Calcutta medical institutions reports 1892-1900
Year: 1892
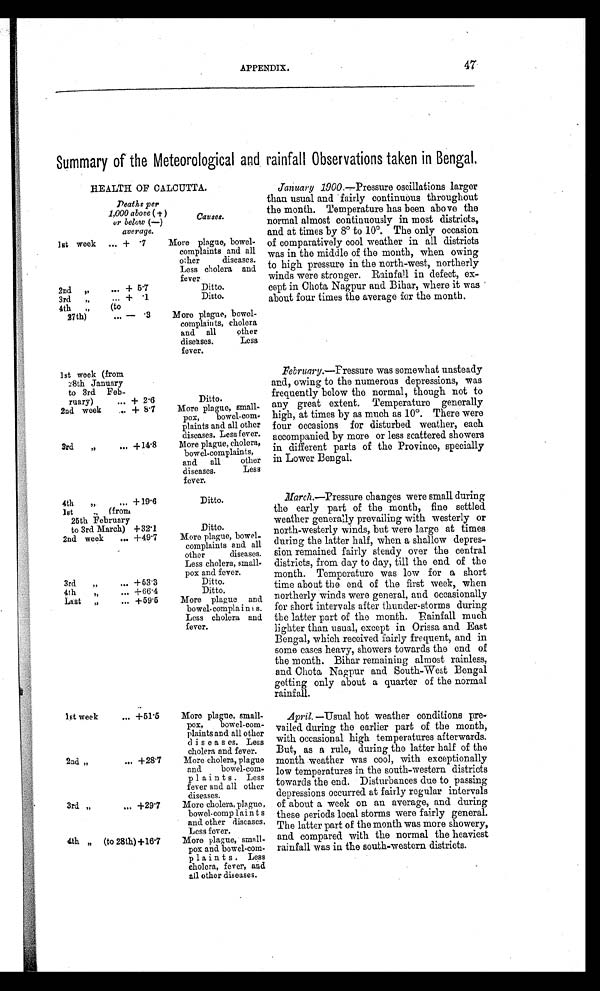
APPENDIX.
47
Summary of the Meteorological and rainfall Observations taken in Bengal.
HEALTH OF CALCUTTA.
Deaths per
1,000 above (+)
or below (—)
average.
Causes.
1st week ... + . 7
More plague, bowel-
complaints and all
other diseases.
Less cholera and
fever
2nd " ...
+ 5.7
Ditto.
3rd " ... + . 1
Ditto.
4th " (to
27th) ... — .3
More plague, bowel-
complaints, cholera
and all
other
diseases.
Less
fever.
1st week (from
2 8 t h J a n u a r y
to 3rd Feb-
ruary) ... + 2.6
Ditto.
2nd week ... + 8.7
More plague, small-
pox,
bowel-com-
plaints and all other
diseases. Less fever.
3rd " ... +14.8
More plague, cholera,
bowel-complaints,
and all
other
diseases.
Less
fever.
4th " ... +19.6
Ditto.
1st " (from
25th February
to 3rd March) +32.1
Ditto.
2nd week ... +49.7
More plague, bowel-
complaints and all
other
diseases.
Less cholera, small-
pox and fever.
3rd " ... +53.3
Ditto.
4th " ... +66.4
Ditto.
Last " ... +59.5
More plague and
bowel-complaints.
Less cholera and
fever.
1st week " ... +51.5
More plague, small-
pox,
bowel-com-
plaints and all other
diseases. Less
cholera and fever.
2nd " ... +28.7
More cholera, plague
and
bowel-com-
plaints. Less
fever and all other
diseases.
3rd " ... +29.7
More cholera, plague,
bowel-complaints
and other diseases,
Less fever.
4th " (to 28th) +16.7
More plague, small-
pox and bowel-com-
plaints. Less
cholera, fever, and
all other diseases.
January 1900.—Pressure oscillations larger
than usual and fairly continuous throughout
the month. Temperature has been above the
normal almost continuously in most districts,
and at times by 8° to 10°. The only occasion
of comparatively cool weather in all districts
was in the middle of the month, when owing
to high pressure in the north-west, northerly
winds were stronger. Rainfall in defect, ex--
cept in Chota Nagpur and Bihar, where it was
about four times the average for the month.
February.—Fressure was somewhat unsteady
and, owing to the numerous depressions, was
frequently below the normal, though not to
any great extent. Temperature generally
high, at times by as much as 10°. There were
four occasions for disturbed weather, each
accompanied by more or less scattered showers
in different parts of the Province, specially
in Lower Bengal.
March .—Pressure changes were small during
the early part of the month, fine settled
weather generally prevailing with westerly or
north-westerly winds, but were large at times
during the latter half, when a shallow depres--
sion remained fairly steady over the central
districts, from day to day, till the end of the
month. Temperature was low for a short
time about the end of the first week, when
northerly winds were general, and occasionally
for short intervals after thunder-storms during
the latter part of the month. Rainfall much
lighter than usual, except in Orissa and East
Bengal, which received fairly frequent, and in
some cases heavy, showers towards the end of
the month. Bihar remaining almost rainless,
and Chota Nagpur and South-West Bengal
getting only about a quarter of the normal
rainfall.
April.— Usual hot weather conditions pre--
vailed during the earlier part of the month,
with occasional high temperatures afterwards.
But, as a rule, during the latter half of the
month weather was cool, with exceptionally
low temperatures in the south-western districts
towards the end. Disturbances due to passing
depressions occurred at fairly regular intervals
of about a week on an average, and during
these periods local storms were fairly general.
The latter part of the month was more showery,
and compared with the normal the heaviest
rainfall was in the south-western districts.